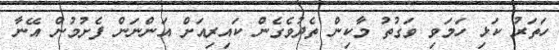
ހަތަރު ކަޅި ހަމަވި ވަގުތު މާކިން ތެދުވެގެން ކައިރިއަށް އަންނަން ފެށުމުން އޭނާ